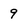
Character: 9